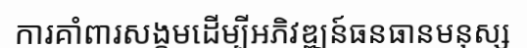
ការគាំពារសង្គមដើម្បីអភិវឌ្ឍន៍ធនធានមនុស្ស